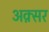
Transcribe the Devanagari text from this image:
अक़्सर